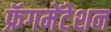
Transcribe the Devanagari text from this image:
फ्रॅगमेंटेशन